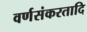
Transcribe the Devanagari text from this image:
वर्णसंकरतादि